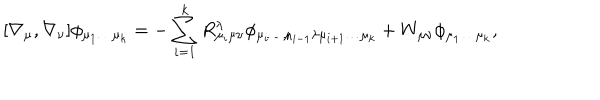
[ \nabla _ { \mu } , \nabla _ { \nu } ] \phi _ { \mu _ { 1 } \dots \mu _ { k } } = - \sum _ { i = 1 } ^ { k } R _ { \mu _ { i } \mu \nu } ^ { \lambda } \phi _ { \mu _ { i } \dots \mu _ { i - 1 } \lambda \mu _ { i + 1 } \dots \mu _ { k } } + W _ { \mu \nu } \phi _ { \mu _ { 1 } \dots \mu _ { k } } ,